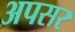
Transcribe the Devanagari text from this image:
अपसर